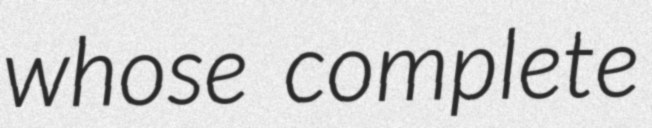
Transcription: whose complete